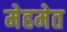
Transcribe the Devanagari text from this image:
मेहमेत